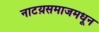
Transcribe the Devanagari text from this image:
नाटय़समाजमधून